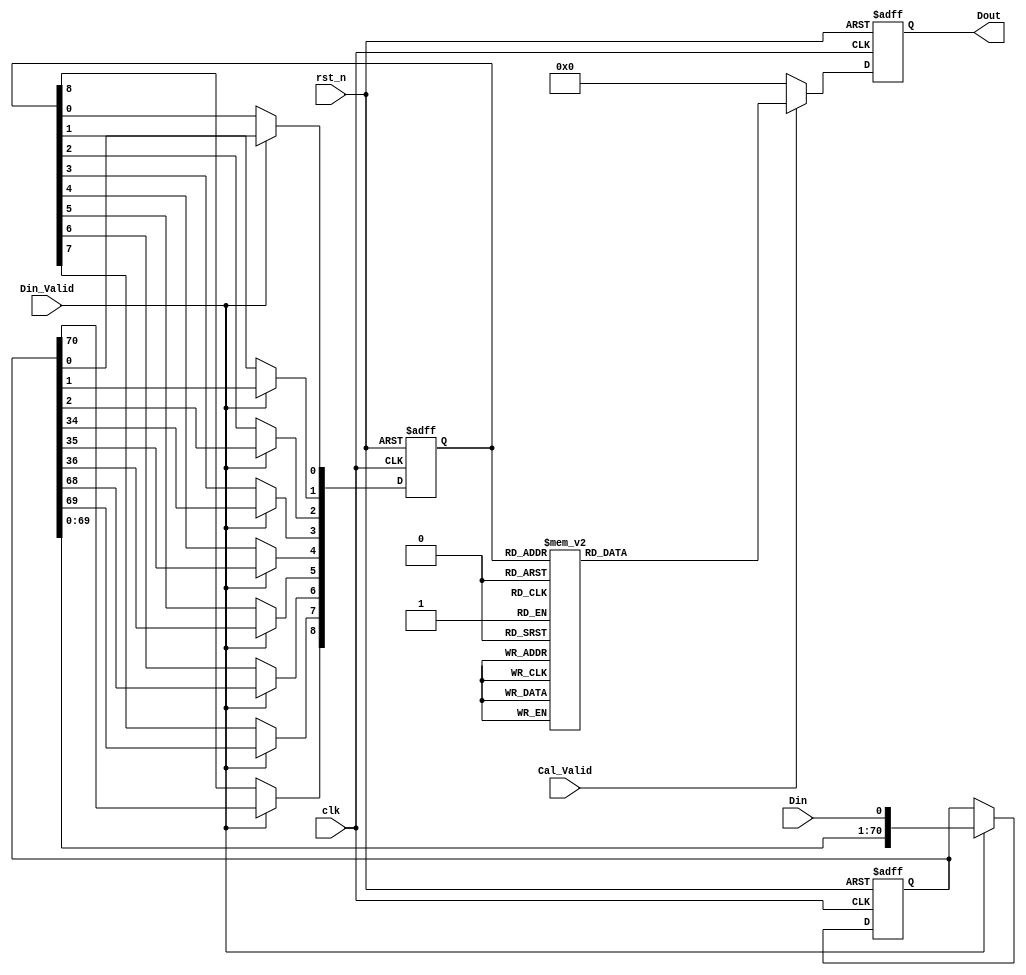
module First_CNN_0(
clk,
rst_n,
Din_Valid,
Cal_Valid,
Din,
Dout
);

input clk;
input rst_n;
input Din_Valid;
input Cal_Valid;
input Din; // 1-bit 
output reg signed [7:0] Dout; // 

reg [70:0] line_buffer; // 34*34 
reg [8:0] window_buffer; // 3*3         

    // Data Buffer
    always @ (posedge clk or negedge rst_n) begin
        if (!rst_n)
            begin
                line_buffer   <= 71'd0;
                window_buffer <= 4'b0000;
            end
        else begin
            if(Din_Valid) begin
                line_buffer      <= {line_buffer[69:0],Din};
                window_buffer[8] <= line_buffer[70];
                window_buffer[7] <= line_buffer[69];
                window_buffer[6] <= line_buffer[68];
                window_buffer[5] <= line_buffer[36];
                window_buffer[4] <= line_buffer[35];
                window_buffer[3] <= line_buffer[34];
                window_buffer[2] <= line_buffer[2];
                window_buffer[1] <= line_buffer[1];
                window_buffer[0] <= line_buffer[0];
            end
            else begin
            line_buffer   <= line_buffer;
            window_buffer <= window_buffer;
            end  
        end
    end

    always @(posedge clk or negedge rst_n) begin
        if (!rst_n)
            Dout <= 8'b00000000;
        else begin
            if(Cal_Valid) begin
            case(window_buffer)
                9'b000000001:Dout<=8'd41;
                9'b000111010:Dout<=8'd41;
                9'b001100101:Dout<=8'd41;
                9'b100001011:Dout<=8'd41;
                9'b101101111:Dout<=8'd41;
                9'b000000010:Dout<=8'd32;
                9'b001100110:Dout<=8'd32;
                9'b010110101:Dout<=8'd32;
                9'b110111111:Dout<=8'd32;
                9'b000000011:Dout<=8'd73;
                9'b001100111:Dout<=8'd73;
                9'b000000100:Dout<=8'd36;
                9'b000100001:Dout<=8'd36;
                9'b011001111:Dout<=8'd36;
                9'b100001110:Dout<=8'd36;
                9'b100101011:Dout<=8'd36;
                9'b000000101:Dout<=8'd77;
                9'b000111110:Dout<=8'd77;
                9'b100001111:Dout<=8'd77;
                9'b000000110:Dout<=8'd68;
                9'b000100011:Dout<=8'd68;
                9'b000000111:Dout<=8'd109;
                9'b000001000:Dout<=8'd6;
                9'b001101100:Dout<=8'd6;
                9'b011010101:Dout<=8'd6;
                9'b100010100:Dout<=8'd6;
                9'b100110001:Dout<=8'd6;
                9'b111011111:Dout<=8'd6;
                9'b000001001:Dout<=8'd47;
                9'b001101101:Dout<=8'd47;
                9'b100010101:Dout<=8'd47;
                9'b000001010:Dout<=8'd38;
                9'b001101110:Dout<=8'd38;
                9'b010111101:Dout<=8'd38;
                9'b011010111:Dout<=8'd38;
                9'b100010110:Dout<=8'd38;
                9'b100110011:Dout<=8'd38;
                9'b000001011:Dout<=8'd79;
                9'b001101111:Dout<=8'd79;
                9'b100010111:Dout<=8'd79;
                9'b000001100:Dout<=8'd42;
                9'b000101001:Dout<=8'd42;
                9'b001000011:Dout<=8'd42;
                9'b100110101:Dout<=8'd42;
                9'b000001101:Dout<=8'd83;
                9'b000001110:Dout<=8'd74;
                9'b000101011:Dout<=8'd74;
                9'b100110111:Dout<=8'd74;
                9'b000001111:Dout<=8'd114;
                9'b000010000:Dout<=8'd8;
                9'b001110100:Dout<=8'd8;
                9'b011011011:Dout<=8'd8;
                9'b100011010:Dout<=8'd8;
                9'b101000101:Dout<=8'd8;
                9'b101111110:Dout<=8'd8;
                9'b000010001:Dout<=8'd49;
                9'b001110101:Dout<=8'd49;
                9'b100011011:Dout<=8'd49;
                9'b101111111:Dout<=8'd49;
                9'b000010010:Dout<=8'd40;
                9'b001110110:Dout<=8'd40;
                9'b100101101:Dout<=8'd40;
                9'b101000111:Dout<=8'd40;
                9'b000010011:Dout<=8'd81;
                9'b001110111:Dout<=8'd81;
                9'b000010100:Dout<=8'd44;
                9'b000110001:Dout<=8'd44;
                9'b011011111:Dout<=8'd44;
                9'b100011110:Dout<=8'd44;
                9'b100111011:Dout<=8'd44;
                9'b000010101:Dout<=8'd85;
                9'b100011111:Dout<=8'd85;
                9'b000010110:Dout<=8'd76;
                9'b000110011:Dout<=8'd76;
                9'b000010111:Dout<=8'd117;
                9'b000011000:Dout<=8'd14;
                9'b001111100:Dout<=8'd14;
                9'b101001101:Dout<=8'd14;
                9'b000011001:Dout<=8'd55;
                9'b001111101:Dout<=8'd55;
                9'b000011010:Dout<=8'd46;
                9'b001000101:Dout<=8'd46;
                9'b001111110:Dout<=8'd46;
                9'b101001111:Dout<=8'd46;
                9'b000011011:Dout<=8'd87;
                9'b001111111:Dout<=8'd87;
                9'b000011100:Dout<=8'd50;
                9'b000111001:Dout<=8'd50;
                9'b001010011:Dout<=8'd50;
                9'b000011101:Dout<=8'd91;
                9'b000011110:Dout<=8'd82;
                9'b000111011:Dout<=8'd82;
                9'b000011111:Dout<=8'd123;
                9'b000100010:Dout<=8'd27;
                9'b000100100:Dout<=8'd31;
                9'b010001011:Dout<=8'd31;
                9'b011101111:Dout<=8'd31;
                9'b100101110:Dout<=8'd31;
                9'b110010111:Dout<=8'd31;
                9'b000100101:Dout<=8'd72;
                9'b100101111:Dout<=8'd72;
                9'b000100110:Dout<=8'd63;
                9'b000100111:Dout<=8'd104;
                9'b000101000:Dout<=8'd1;
                9'b001000010:Dout<=8'd1;
                9'b010010001:Dout<=8'd1;
                9'b011110101:Dout<=8'd1;
                9'b100110100:Dout<=8'd1;
                9'b110011011:Dout<=8'd1;
                9'b111111111:Dout<=8'd1;
                9'b000101010:Dout<=8'd33;
                9'b010010011:Dout<=8'd33;
                9'b011110111:Dout<=8'd33;
                9'b100110110:Dout<=8'd33;
                9'b000101100:Dout<=8'd37;
                9'b001000110:Dout<=8'd37;
                9'b001100011:Dout<=8'd37;
                9'b010010101:Dout<=8'd37;
                9'b110011111:Dout<=8'd37;
                9'b000101101:Dout<=8'd78;
                9'b001000111:Dout<=8'd78;
                9'b000101110:Dout<=8'd69;
                9'b010010111:Dout<=8'd69;
                9'b000101111:Dout<=8'd110;
                9'b000110000:Dout<=8'd3;
                9'b011011110:Dout<=8'd3;
                9'b011111011:Dout<=8'd3;
                9'b100000001:Dout<=8'd3;
                9'b100111010:Dout<=8'd3;
                9'b101100101:Dout<=8'd3;
                9'b000110010:Dout<=8'd35;
                9'b010001101:Dout<=8'd35;
                9'b100000011:Dout<=8'd35;
                9'b101100111:Dout<=8'd35;
                9'b000110100:Dout<=8'd39;
                9'b010011011:Dout<=8'd39;
                9'b011111111:Dout<=8'd39;
                9'b100000101:Dout<=8'd39;
                9'b100111110:Dout<=8'd39;
                9'b000110101:Dout<=8'd80;
                9'b100111111:Dout<=8'd80;
                9'b000110110:Dout<=8'd71;
                9'b100000111:Dout<=8'd71;
                9'b000110111:Dout<=8'd112;
                9'b000111000:Dout<=8'd9;
                9'b001010010:Dout<=8'd9;
                9'b100001001:Dout<=8'd9;
                9'b101101101:Dout<=8'd9;
                9'b000111100:Dout<=8'd45;
                9'b001010110:Dout<=8'd45;
                9'b001110011:Dout<=8'd45;
                9'b100001101:Dout<=8'd45;
                9'b000111101:Dout<=8'd86;
                9'b001010111:Dout<=8'd86;
                9'b000111111:Dout<=8'd118;
                9'b001000001:Dout<=8'd10;
                9'b001111010:Dout<=8'd10;
                9'b101001011:Dout<=8'd10;
                9'b001000100:Dout<=8'd5;
                9'b001100001:Dout<=8'd5;
                9'b101001110:Dout<=8'd5;
                9'b101101011:Dout<=8'd5;
                9'b110011101:Dout<=8'd5;
                9'b001001001:Dout<=8'd16;
                9'b101010101:Dout<=8'd16;
                9'b001001010:Dout<=8'd7;
                9'b010011001:Dout<=8'd7;
                9'b011111101:Dout<=8'd7;
                9'b100111100:Dout<=8'd7;
                9'b101010110:Dout<=8'd7;
                9'b101110011:Dout<=8'd7;
                9'b001001011:Dout<=8'd48;
                9'b100111101:Dout<=8'd48;
                9'b101010111:Dout<=8'd48;
                9'b001001100:Dout<=8'd11;
                9'b001101001:Dout<=8'd11;
                9'b100010001:Dout<=8'd11;
                9'b101110101:Dout<=8'd11;
                9'b001001101:Dout<=8'd52;
                9'b001001110:Dout<=8'd43;
                9'b001101011:Dout<=8'd43;
                9'b010011101:Dout<=8'd43;
                9'b100010011:Dout<=8'd43;
                9'b101110111:Dout<=8'd43;
                9'b001001111:Dout<=8'd84;
                9'b001010001:Dout<=8'd18;
                9'b101011011:Dout<=8'd18;
                9'b110100111:Dout<=8'd18;
                9'b001010100:Dout<=8'd13;
                9'b001110001:Dout<=8'd13;
                9'b101011110:Dout<=8'd13;
                9'b101111011:Dout<=8'd13;
                9'b001010101:Dout<=8'd54;
                9'b101011111:Dout<=8'd54;
                9'b001011001:Dout<=8'd24;
                9'b010100101:Dout<=8'd24;
                9'b110101111:Dout<=8'd24;
                9'b001011010:Dout<=8'd15;
                9'b010100110:Dout<=8'd15;
                9'b001011011:Dout<=8'd56;
                9'b010100111:Dout<=8'd56;
                9'b001011100:Dout<=8'd19;
                9'b001111001:Dout<=8'd19;
                9'b001011101:Dout<=8'd60;
                9'b001011110:Dout<=8'd51;
                9'b001111011:Dout<=8'd51;
                9'b001011111:Dout<=8'd92;
                9'b001101010:Dout<=8'd2;
                9'b010011100:Dout<=8'd2;
                9'b010111001:Dout<=8'd2;
                9'b011010011:Dout<=8'd2;
                9'b100010010:Dout<=8'd2;
                9'b101110110:Dout<=8'd2;
                9'b001110010:Dout<=8'd4;
                9'b011001101:Dout<=8'd4;
                9'b100001100:Dout<=8'd4;
                9'b100101001:Dout<=8'd4;
                9'b101000011:Dout<=8'd4;
                9'b010000011:Dout<=8'd25;
                9'b011100111:Dout<=8'd25;
                9'b100100110:Dout<=8'd25;
                9'b010000101:Dout<=8'd28;
                9'b010111110:Dout<=8'd28;
                9'b110001111:Dout<=8'd28;
                9'b010000110:Dout<=8'd20;
                9'b010100011:Dout<=8'd20;
                9'b010000111:Dout<=8'd61;
                9'b010001110:Dout<=8'd26;
                9'b010101011:Dout<=8'd26;
                9'b110110111:Dout<=8'd26;
                9'b010001111:Dout<=8'd67;
                9'b010010110:Dout<=8'd28;
                9'b010110011:Dout<=8'd28;
                9'b010011110:Dout<=8'd34;
                9'b010111011:Dout<=8'd34;
                9'b100100101:Dout<=8'd34;
                9'b010011111:Dout<=8'd75;
                9'b010101101:Dout<=8'd30;
                9'b011000111:Dout<=8'd30;
                9'b100000110:Dout<=8'd30;
                9'b100100011:Dout<=8'd30;
                9'b010101110:Dout<=8'd21;
                9'b010101111:Dout<=8'd62;
                9'b010110110:Dout<=8'd23;
                9'b110000111:Dout<=8'd23;
                9'b010110111:Dout<=8'd64;
                9'b010111111:Dout<=8'd70;
                9'b011011101:Dout<=8'd12;
                9'b100011100:Dout<=8'd12;
                9'b100111001:Dout<=8'd12;
                9'b101010011:Dout<=8'd12;
                9'b100011001:Dout<=8'd17;
                9'b101111101:Dout<=8'd17;
                9'b100011101:Dout<=8'd53;
                9'b100100111:Dout<=8'd66;
                9'b101011101:Dout<=8'd22; 
                default:     Dout<=8'd0;
            endcase
            end
            else
                Dout<=8'd0;
        end
    end
endmodule